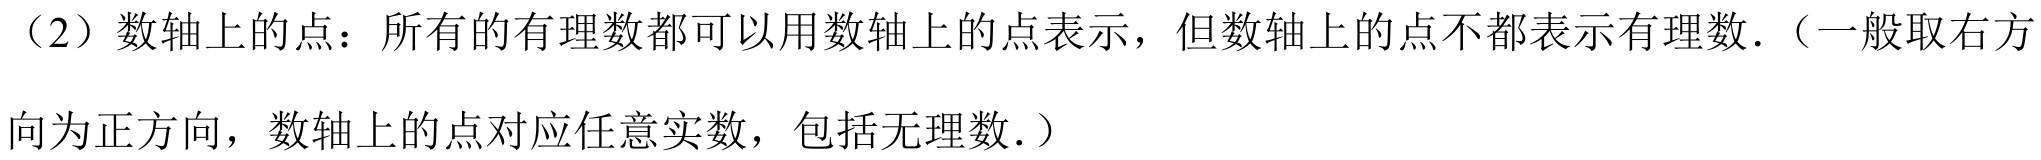
（2）数轴上的点：所有的有理数都可以用数轴上的点表示，但数轴上的点不都表示有理数．（一般取右方
向为正方向，数轴上的点对应任意实数，包括无理数．）